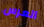
العرس